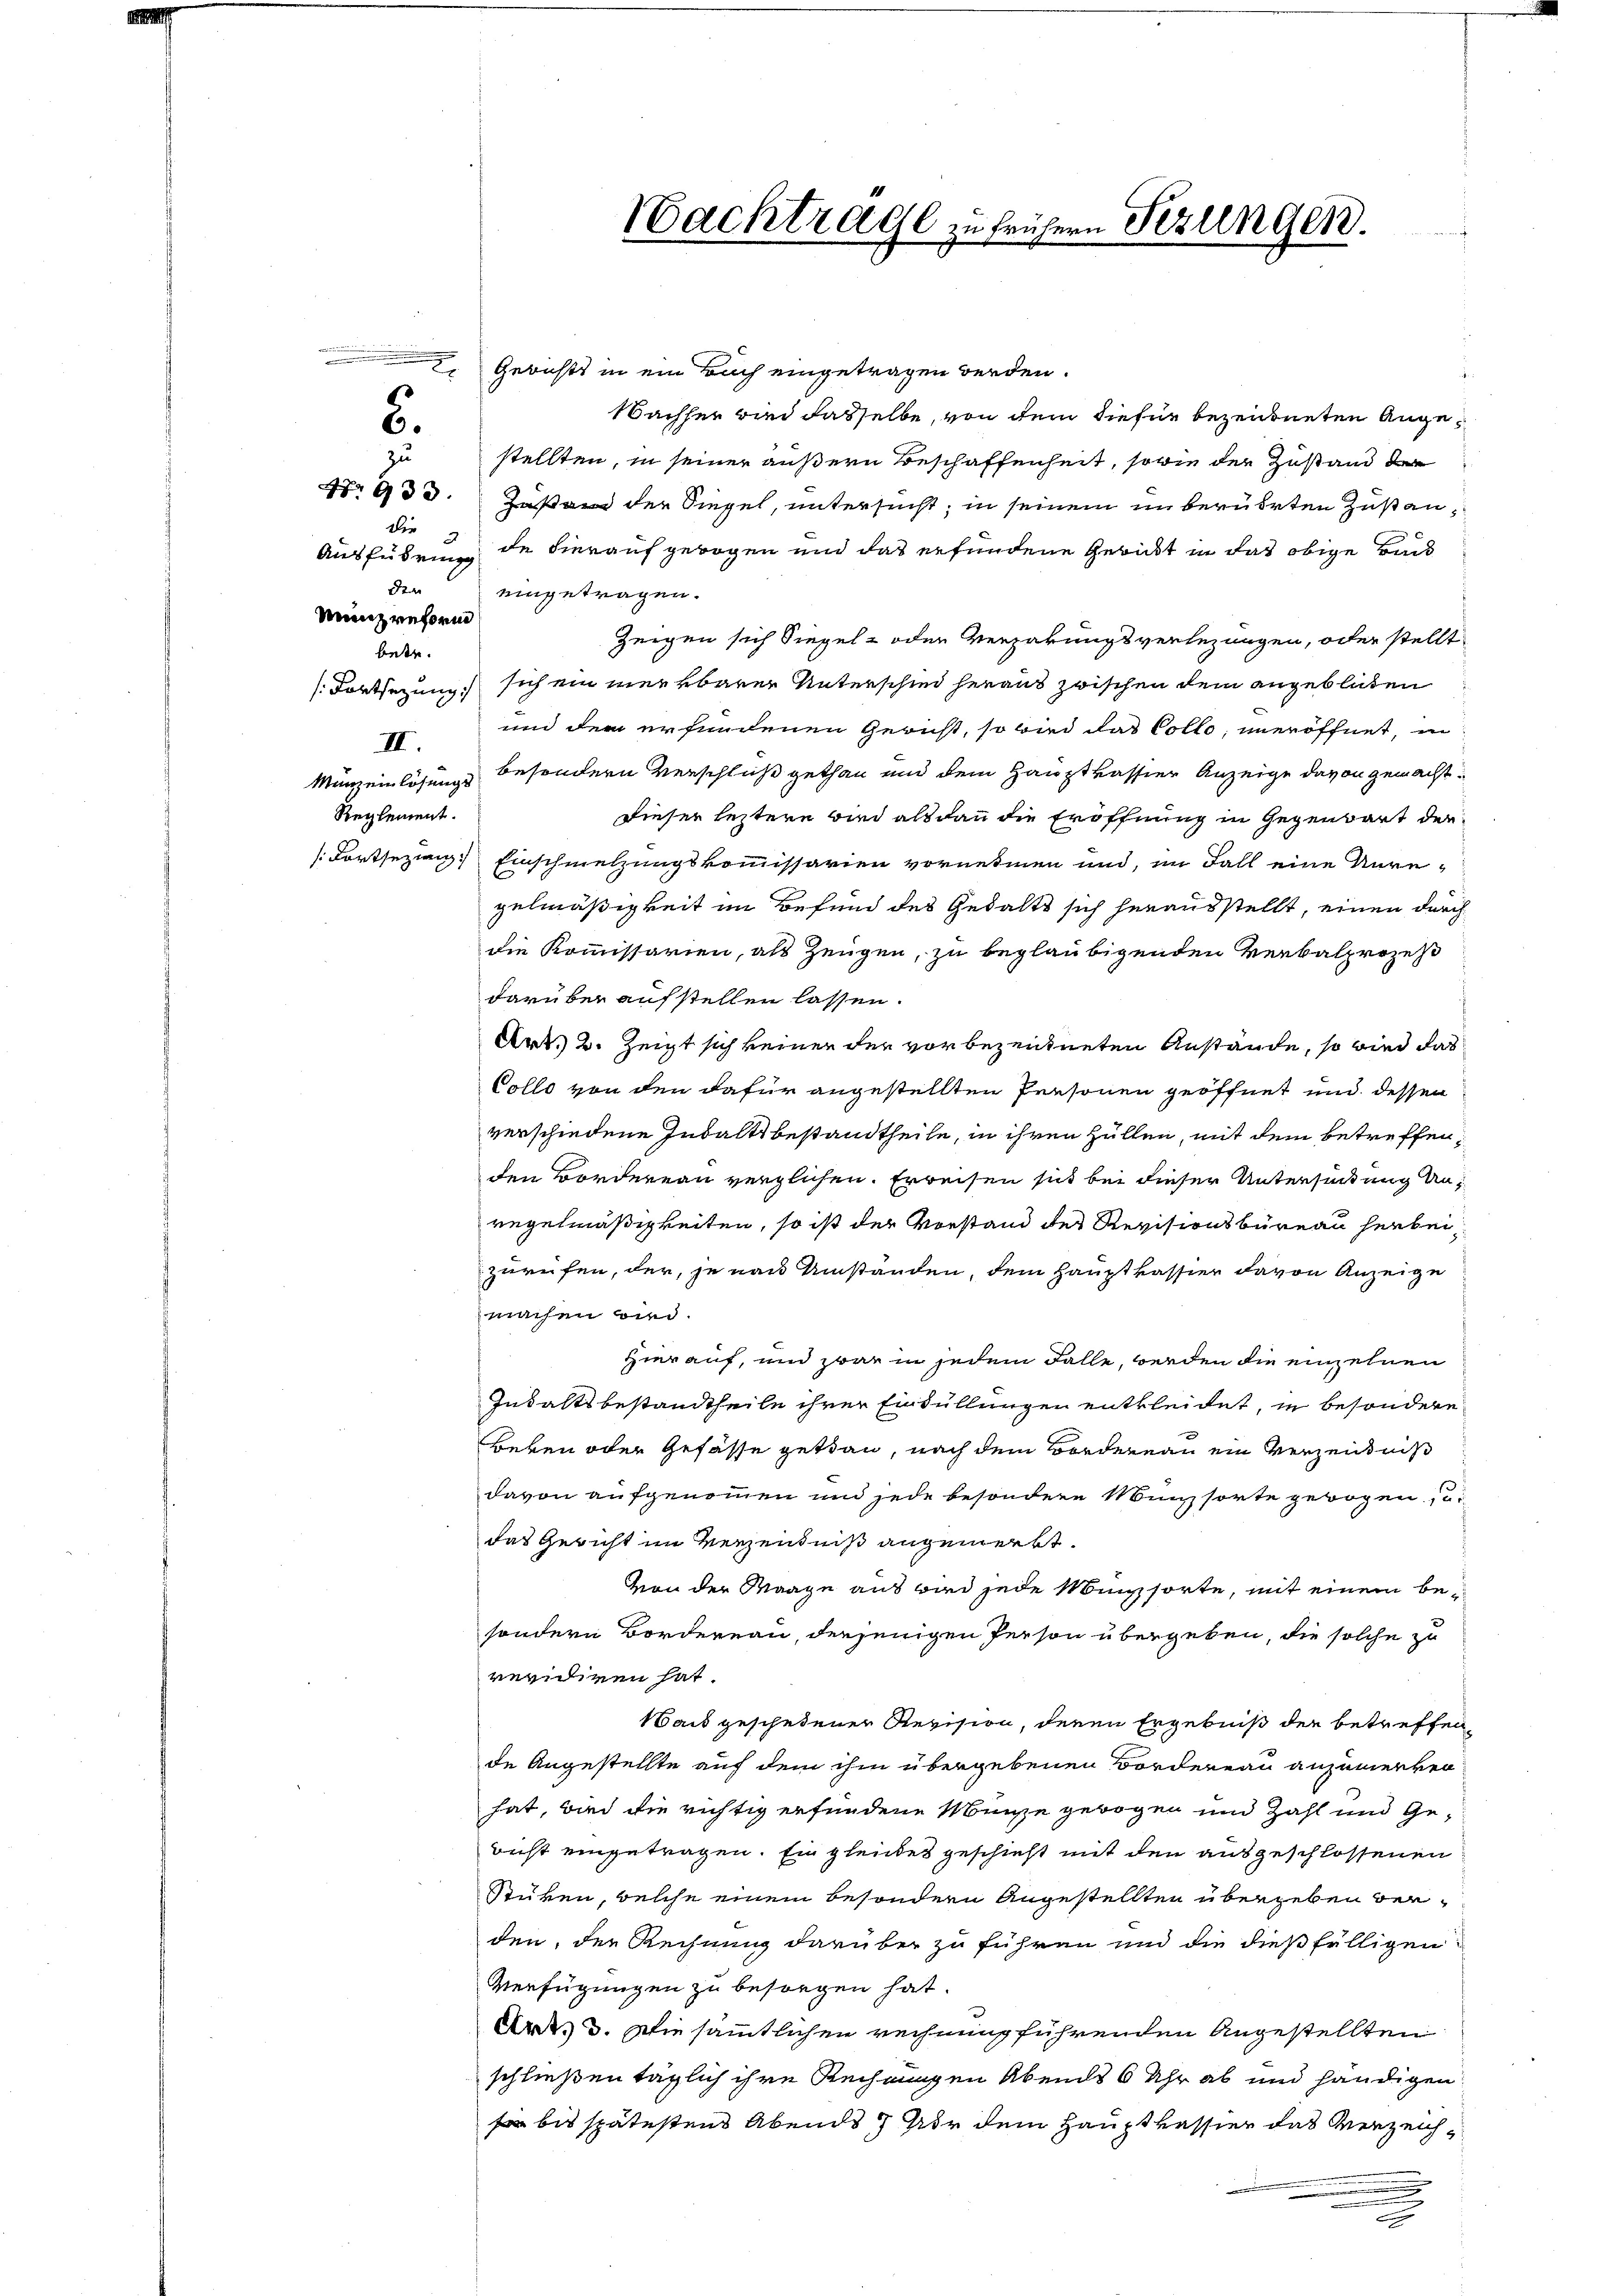
Die
den

Münzreform

.
zu

betr.
II.
Menz einlösungs
Reglement.

2. Gerichts in ein Bach eingetragen werden.
Nachher wird dasselbe, von dem diefür bezeichneten Angestellten, in seiner äußern Beschaffenheit, sowie der Zustand der
No 933. Hasen der Siegel, untersucht; in seinem in berührten Zustan¬
Ausführung de hierauf gebogen und das erfundene Gericht in das obige Bund
eingetragen.
Zeigen sich Siegel- oder Vergabungsverlegungen, oder stellt
(Fortsetzung sich ein merkbarer Unterschied heraus zwischen dem angeblichen
und der erfundenen Gericht, so wird das Colle, uneröffnet, in
besondern Verschluß gethan und dem Hauptkassier Anzeige davon gemacht:
dieser letztere wird alsdann die Eröffnung in Gegenwart der
(Fortsezing. Einschmelzungskommissarien vornehmen und, im Fall eine Unre-
gelmäßigkeit im Befund des Gehalts sich herausstellt, einen durch
die Kommissarien, als Zeugen, zu beglaubigenden Verbalprozes
darüber aufstellen lassen.
Art. 2. Zeigt sich keiner der vor bezeichneten Anstände, so wird das
Collo von den dafür angestellten Personen geöffnet und dessen
verschiedene Indaltt bestandtheile, in ihren Hüllen, mit dem betreffenden Bordereau verglichen. Erreisen sich bei dieser Untersuchung anregelmäßigkeiten, so ist der Vorstand der Revisionsbüreau herbeizurufen, der, je nach Umständen, dem Hauptkassier davon Anzeige
machen wird.
Hierauf, und zwar in jedem Falle, werden die einzelnen
Inhaltsbestandtheile ihrer Einfüllungen entkleidet, in besondere
Beken oder Gefässe getan, nach dem Bordernau ein Verzeichnis
davon aufgenommen und jede besondere Münzsorte gewogen
das Gericht im Verzendniß angemerkt.
von der Maage aus wird jede Münzsorte, mit einem besondern Bordereau, derjenigen Person übergeben, die solche zu
revidiren hat.
Bach geschedener Revision, deren Ergebniß der betreffen,
de Angestellte auf dem ihm übergebenen Bordereau anzumerken
hat, wird die richtig erfundene Münze gebogen und Zahl und Gericht eingetragen. Ein gleiches geschieht mit den ausgeschlossenen
Stüken, welche einem besondern Angestellten übergeben beiden, der Rechnung darüber zu führen und die dießfälligen
Verfügungen zu besorgen hat.
Art. 3. Die sämmtlichen rechnung führenden Angestellten
schließen täglich ihre Rechnungen Abends 6 Uhr ab und händigen
 bis spätestens Abends 7 vor dem Hauptkassier das Verzeiche

Nachtrage zu frühern Fezungen.